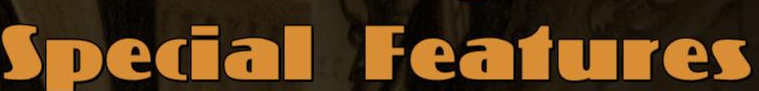
Special Features